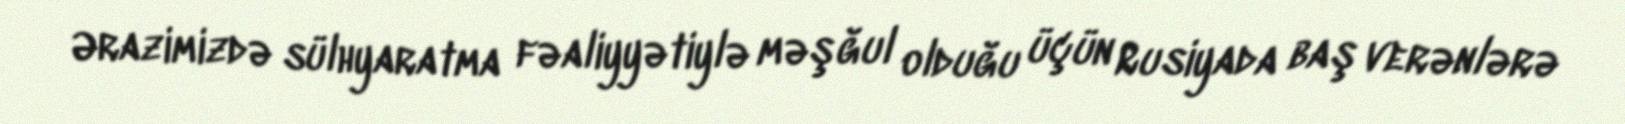
Ərazimizdə sülhyaratma fəaliyyətiylə məşğul olduğu üçün Rusiyada baş verənlərə